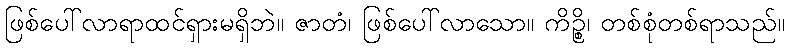
ဖြစ်ပေါ်လာရာထင်ရှားမရှိဘဲ။ ဇာတံ၊ ဖြစ်ပေါ်လာသော။ ကိဉ္စိ၊ တစ်စုံတစ်ရာသည်။